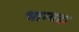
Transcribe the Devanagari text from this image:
भाग्यदा